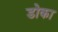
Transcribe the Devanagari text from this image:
डोका